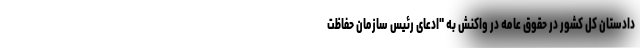
دادستان کل کشور در حقوق عامه در واکنش به "ادعای رئیس سازمان حفاظت